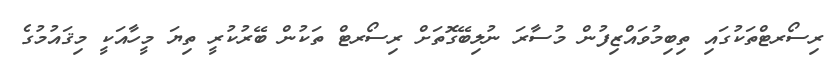
ރިސޯރޓްތަކުގައި ތިބިމުވައްޒިފުން މުސާރަ ނުލިބޭގޮތަށް ރިސޯރޓް ތަކުން ބޭރުކުރީ ތިޔަ މީހާއަކީ މިޤައުމުގެ